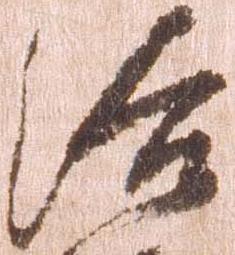
結